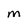
Character: M